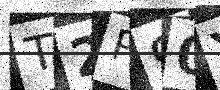
Text: T2P90Y